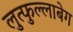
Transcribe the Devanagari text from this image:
लुत्फुल्लाबेग